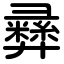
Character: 彞